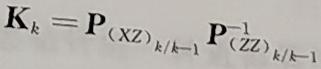
$\boldsymbol{K}_k = \boldsymbol{P}_{(XZ)_{k/k - 1}} \boldsymbol{P}_{(ZZ)_{k/k - 1}}^{-1}$